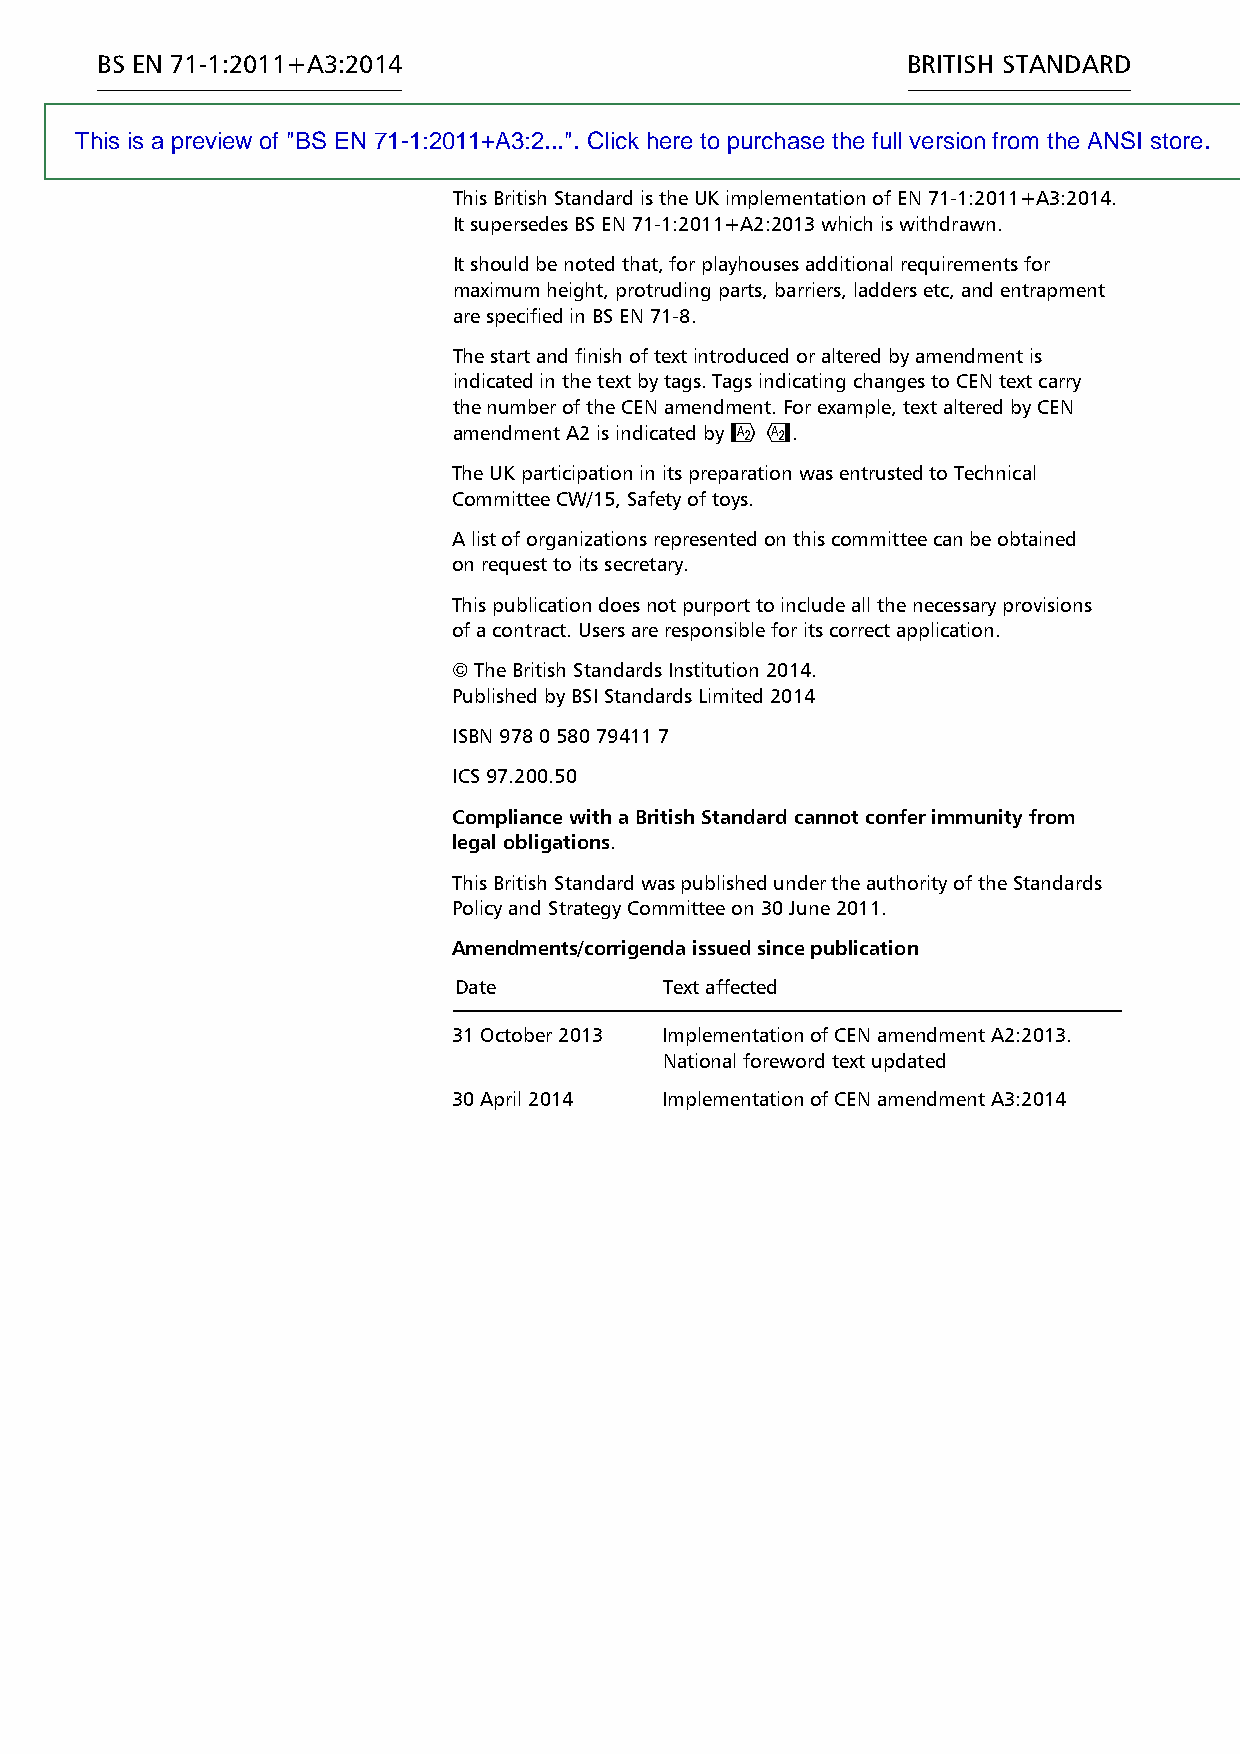
BS EN 71-1:2011+A3:2014                               BRITISH STANDARD
 This is a preview of "BS EN 71-1:2011+A3:2...". Click here to purchase the full version from the ANSI store.
 National foreword
 This British Standard is the UK implementation of EN 71-1:2011+A3:2014.
 It supersedes BS EN 71-1:2011+A2:2013 which is withdrawn.
 It should be noted that, for playhouses additional requirements for
 maximum height, protruding parts, barriers, ladders etc, and entrapment
 are specified in BS EN 71-8.
 The start and finish of text introduced or altered by amendment is
 indicated in the text by tags. Tags indicating changes to CEN text carry
 the number of the CEN amendment. For example, text altered by CEN
 amendment A2 is indicated by #$.
 The UK participation in its preparation was entrusted to Technical
 Committee CW/15, Safety of toys.
 A list of organizations represented on this committee can be obtained
 on request to its secretary.
 This publication does not purport to include all the necessary provisions
 of a contract. Users are responsible for its correct application.
 © The British Standards Institution 2014.
 Published by BSI Standards Limited 2014
 ISBN 978 0 580 79411 7
 ICS 97.200.50
 Compliance with a British Standard cannot confer immunity from
 legal obligations.
 This British Standard was published under the authority of the Standards
 Policy and Strategy Committee on 30 June 2011.
 Amendments/corrigenda issued since publication
 Date          Text affected
 31 October 2013 Implementation of CEN amendment A2:2013.
 National foreword text updated
 30 April 2014 Implementation of CEN amendment A3:2014